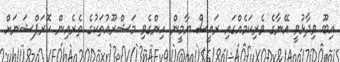
އިބޫ ވިދާޅުވީ އޭނާގެ ވެރިކަމެއްގައި ރައީސް ޔާމީން ހިންގެވި މަޝްރޫއުތަކުގެ ތެރެއިން ކޮރަޕްޝަނަށް